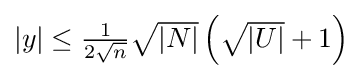
\textstyle |y|\leq {\tfrac {1}{2{\sqrt {n}}}}{\sqrt {|N|}}\left({\sqrt {|U|}}+1\right)